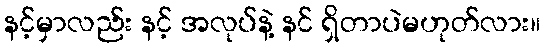
နင့်မှာလည်း နင့် အလုပ်နဲ့ နင် ရှိတာပဲမဟုတ်လား။